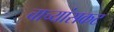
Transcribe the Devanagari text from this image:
चाच्यांसकट